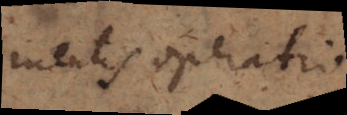
mentis operatio